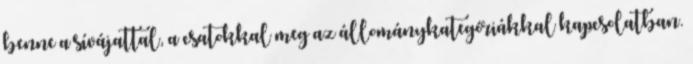
benne a sívájattal, a csatokkal meg az állománykategóriákkal kapcsolatban.